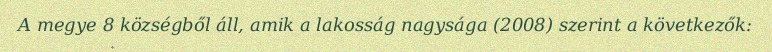
A megye 8 községből áll, amik a lakosság nagysága (2008) szerint a következők: